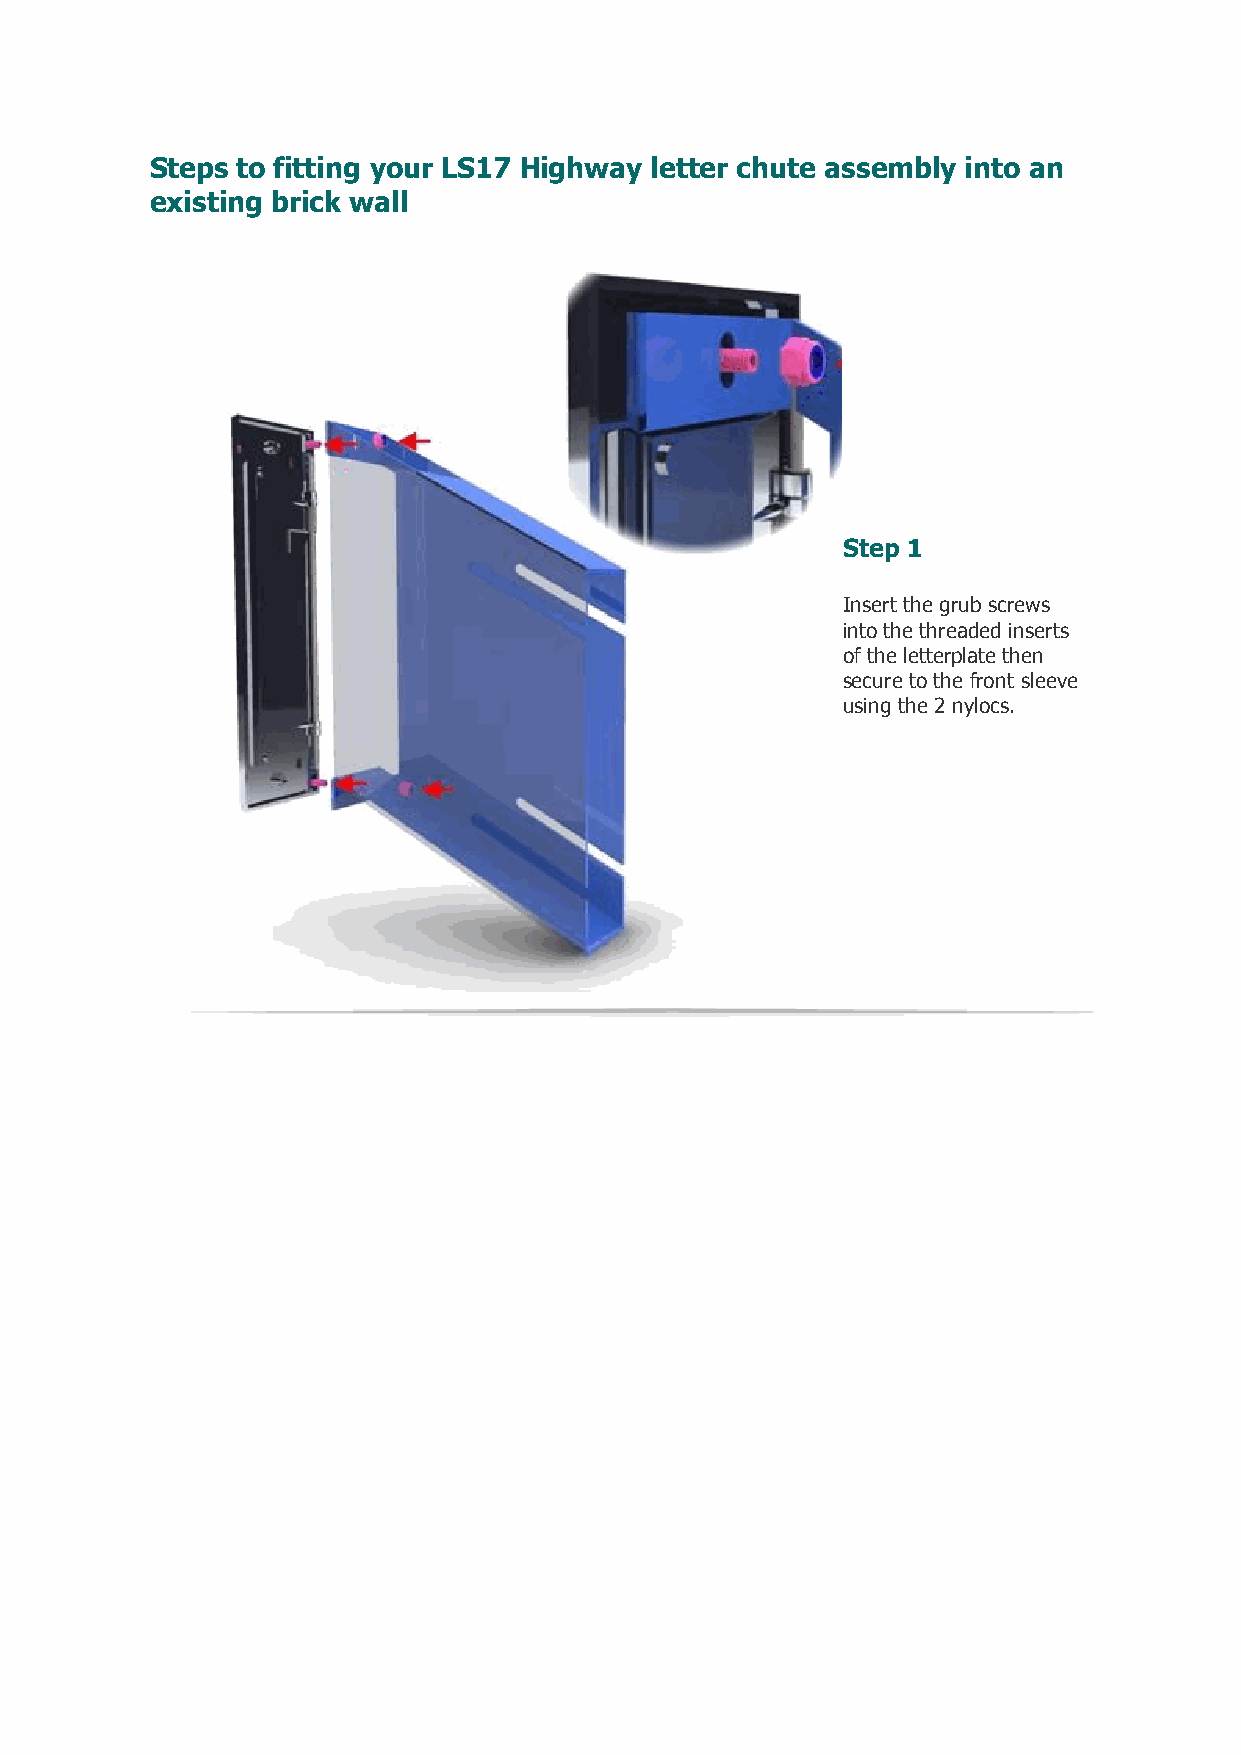
Steps to fitting your LS17 Highway letter chute assembly into an
 existing brick wall
 Step 1
 Insert the grub screws
 into the threaded inserts
 of the letterplate then
 secure to the front sleeve
 using the 2 nylocs.